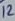
Text: 12